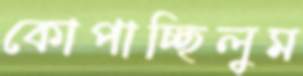
কোপাচ্ছিলুম